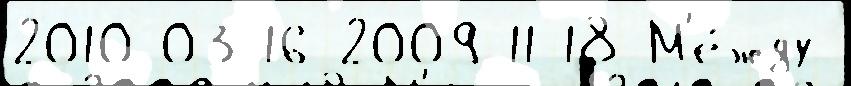
2010-03-16 2009-11-18 М'е́жду